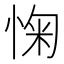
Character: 㥌